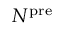
N ^ { \mathrm { p r e } }